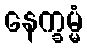
နေက္ခမ္မံ